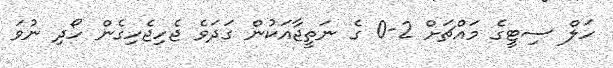
ހަލް ސިޓީގެ މައްޗަށް 2-0 ގެ ނަތީޖާއަކުން ގަދަވެ ޖެހިޖެހިގެން ހޯދި ނުވަ